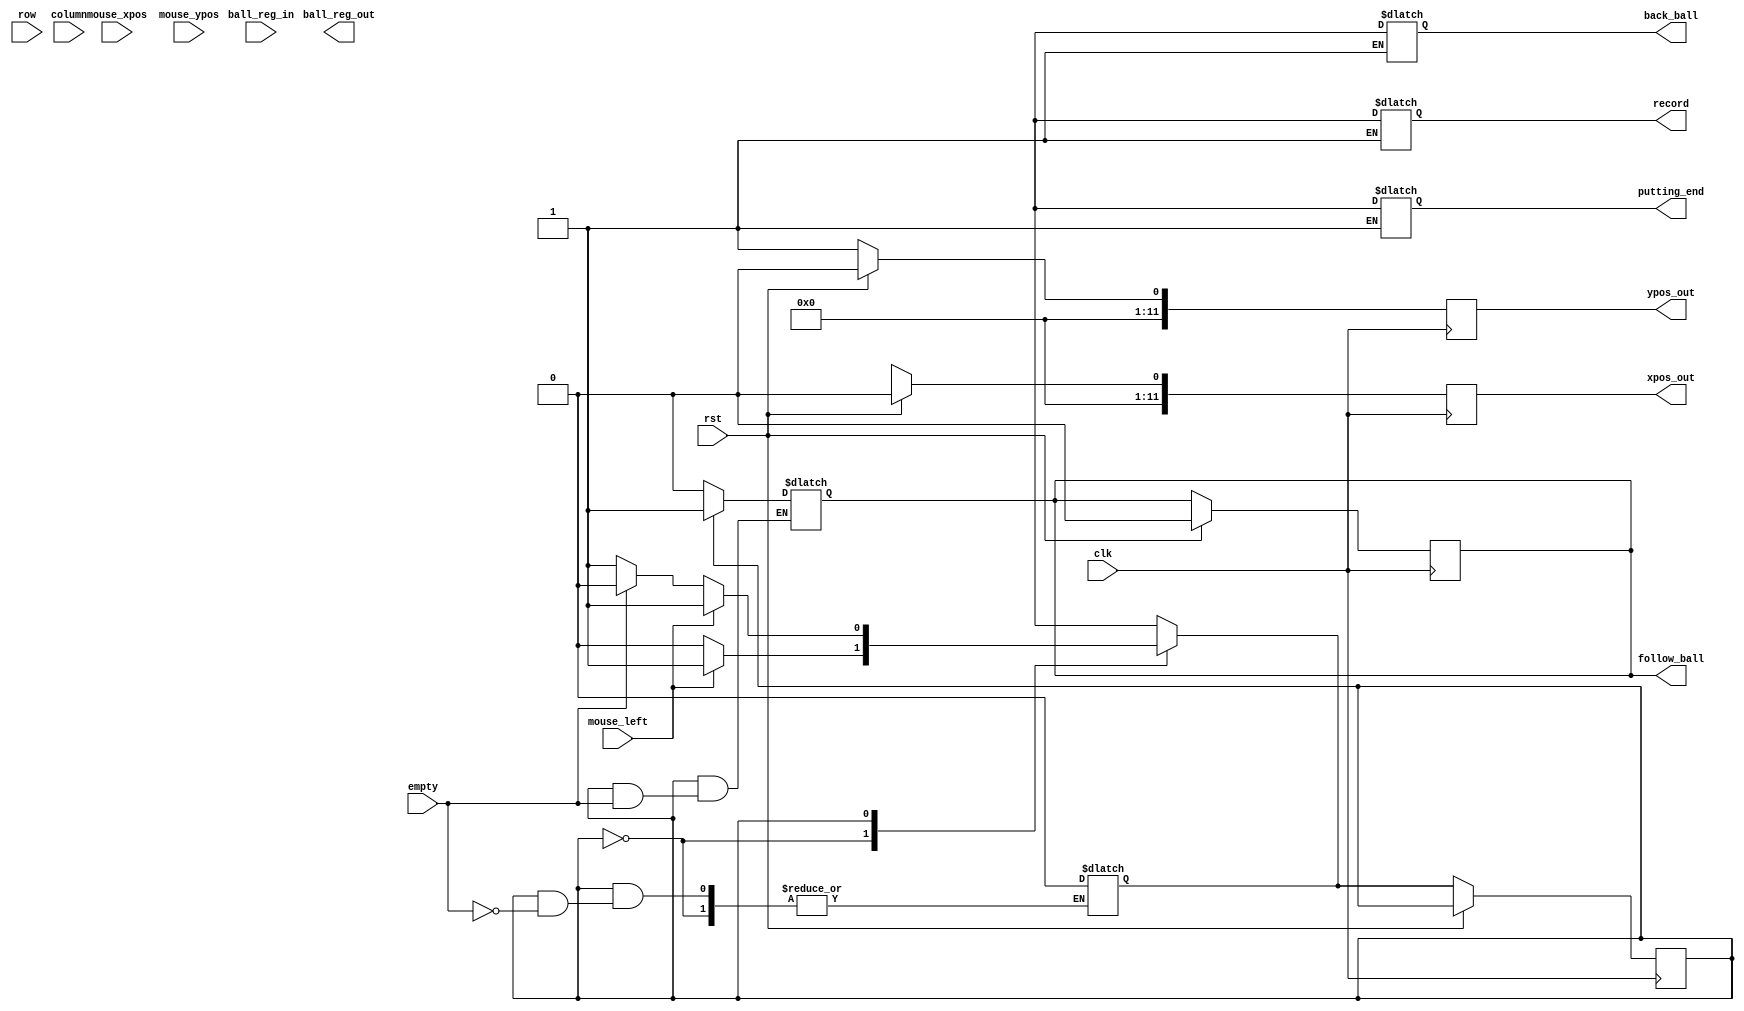
module przeciaganie (
	input wire clk, rst,
	input wire mouse_left,
	input wire [11:0] mouse_xpos, mouse_ypos,
	input wire [63:0] ball_reg_in,
	input wire empty,
	input wire [3:0] column, row,
	
	output reg [11:0] xpos_out, ypos_out,
	//output reg released,
	output reg follow_ball,
	output reg [63:0] ball_reg_out,
	output reg back_ball,
	output reg putting_end,
	output reg record
);

localparam 	IDLE 	= 3'b000, 
			SELECT 	= 3'b001,
			PUTT 	= 3'b010,
			BACK 	= 3'b011,
			END 	= 3'b100;
			
localparam	BALL_SIZE = 50;
	
	reg xpos_nxt, ypos_nxt, xpos_temp, ypos_temp, state_nxt, state;
	// , state_nxt, hcount_temp, vcount_temp, vblnk_temp, hblnk_temp, rgb_pixel;
	
	
	
always @(posedge clk)
begin
	if(rst) begin
		xpos_out <= 0;
		ypos_out <= 0;
		//rgb_out <= 0;
        follow_ball <= 0;
	end
	else begin
		xpos_out <= xpos_nxt;
		ypos_out <= ypos_nxt;
		//rgb_out <= rgb_out_nxt;
		state <= state_nxt;
	end
end

always @* begin
	case(state)
		IDLE:	state_nxt = mouse_left ? SELECT : IDLE;
		SELECT:	begin
                if(!mouse_left)
                    state_nxt = empty ? PUTT : BACK;
                else state_nxt = SELECT;
                end
        PUTT:	state_nxt = END;
        BACK: 	state_nxt = IDLE;
        END:	state_nxt = IDLE;
        default:	state_nxt = IDLE;
		endcase
	end
	
	
	always @* begin	
		case(state)
			IDLE: begin
			    follow_ball = 0;
//				xpos_nxt = xpos_out;
//				ypos_nxt = xpos_out;
			end
			SELECT:	begin
				if(!empty) begin
//					xpos_temp = mouse_xpos;
//					ypos_temp = mouse_ypos;
					follow_ball = 1'b1;
//					if((hcount_temp >= xpos) && (hcount_temp <= xpos + BALL_SIZE) &&
//						(vcount_temp >= ypos) && (vcount_temp <= ypos +BALL_SIZE) &&
//						!(vblnk_temp || hblnk_temp))
//					   begin
//						  rgb_out_nxt <= rgb_pixel;
//					   end
//						xpos_nxt <= mouse_xpos;
//						ypos_nxt <= mouse_ypos;	
					end
				else state_nxt = IDLE;
				end
					
			PUTT: begin
				//released <= 1;
//				xpos_nxt <= mouse_xpos;
//				ypos_nxt <= mouse_ypos;
				back_ball = 0;
				record =1;
				//usuwanie i wpisywanie
			end
			BACK: begin
				//released <= 0;
				// nie zmieniaj rejestru
//				xpos_nxt <= xpos_temp;
//				ypos_nxt <= ypos_temp;
				state_nxt = IDLE;
				back_ball = 1;
			end
			END: begin
			    putting_end = 1;
				state_nxt = IDLE;			
			end
		endcase
	end	
endmodule